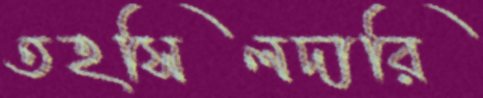
তহসিলদারি